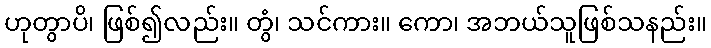
ဟုတွာပိ၊ ဖြစ်၍လည်း။ တွံ၊ သင်ကား။ ကော၊ အဘယ်သူဖြစ်သနည်း။